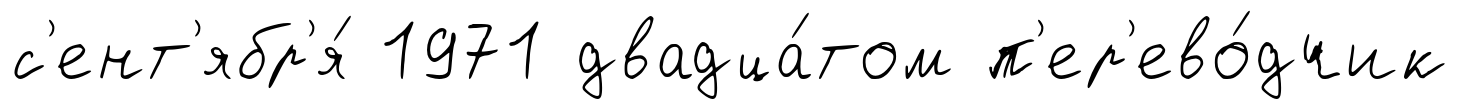
с'ент'ябр'я́ 1971 двадца́том п'ер'ево́дчик